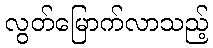
လွတ်မြောက်လာသည့်